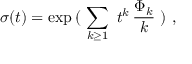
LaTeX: \sigma ( t ) = \exp \, ( \ \sum _ { k \geq 1 } \ t ^ { k } \, { \frac { \Phi _ { k } } { k } } \ ) \ ,